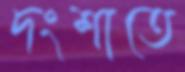
দংশাতে